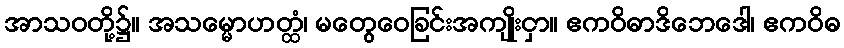
အာသဝတို့၌။ အသမ္မောဟတ္ထံ၊ မတွေဝေခြင်းအကျိုးငှာ။ ဧကဝိဓာဒိဘေဒေါ၊ ဧကဝိဓ